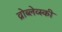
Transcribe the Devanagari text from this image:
व्रोब्लेव्स्की